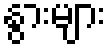
နွားများ